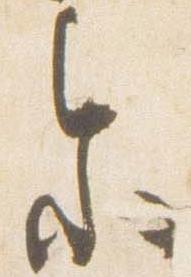
参